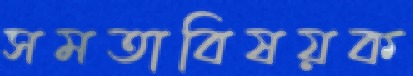
সমতাবিষয়ক